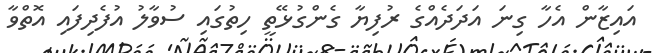
އައިޒާން އެހާ ގިނަ އަދަދެއްގެ ރުފިޔާ ގެންގުޅޭތީ ހިތުގައި ސުވާލު އުފެދިފައި އޮތްވާ